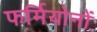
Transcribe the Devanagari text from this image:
फर्मियोनों